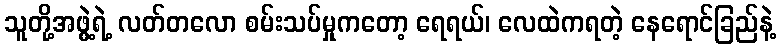
သူတို့အဖွဲ့ရဲ့ လတ်တလော စမ်းသပ်မှုကတော့ ရေရယ်၊ လေထဲကရတဲ့ နေရောင်ခြည်နဲ့